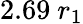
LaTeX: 2.69~r_{1}